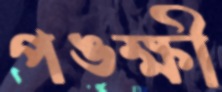
পঙ্ক্ষী